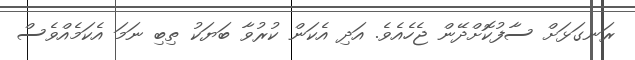
ރަނގަޅަށް ސާފުކޮށްދޭން ޖެހެއެވެ. އަދި އެކަން ކުރުވާ ބަޔަކު ތިބި ނަމަ އެކަމެއްވެސް